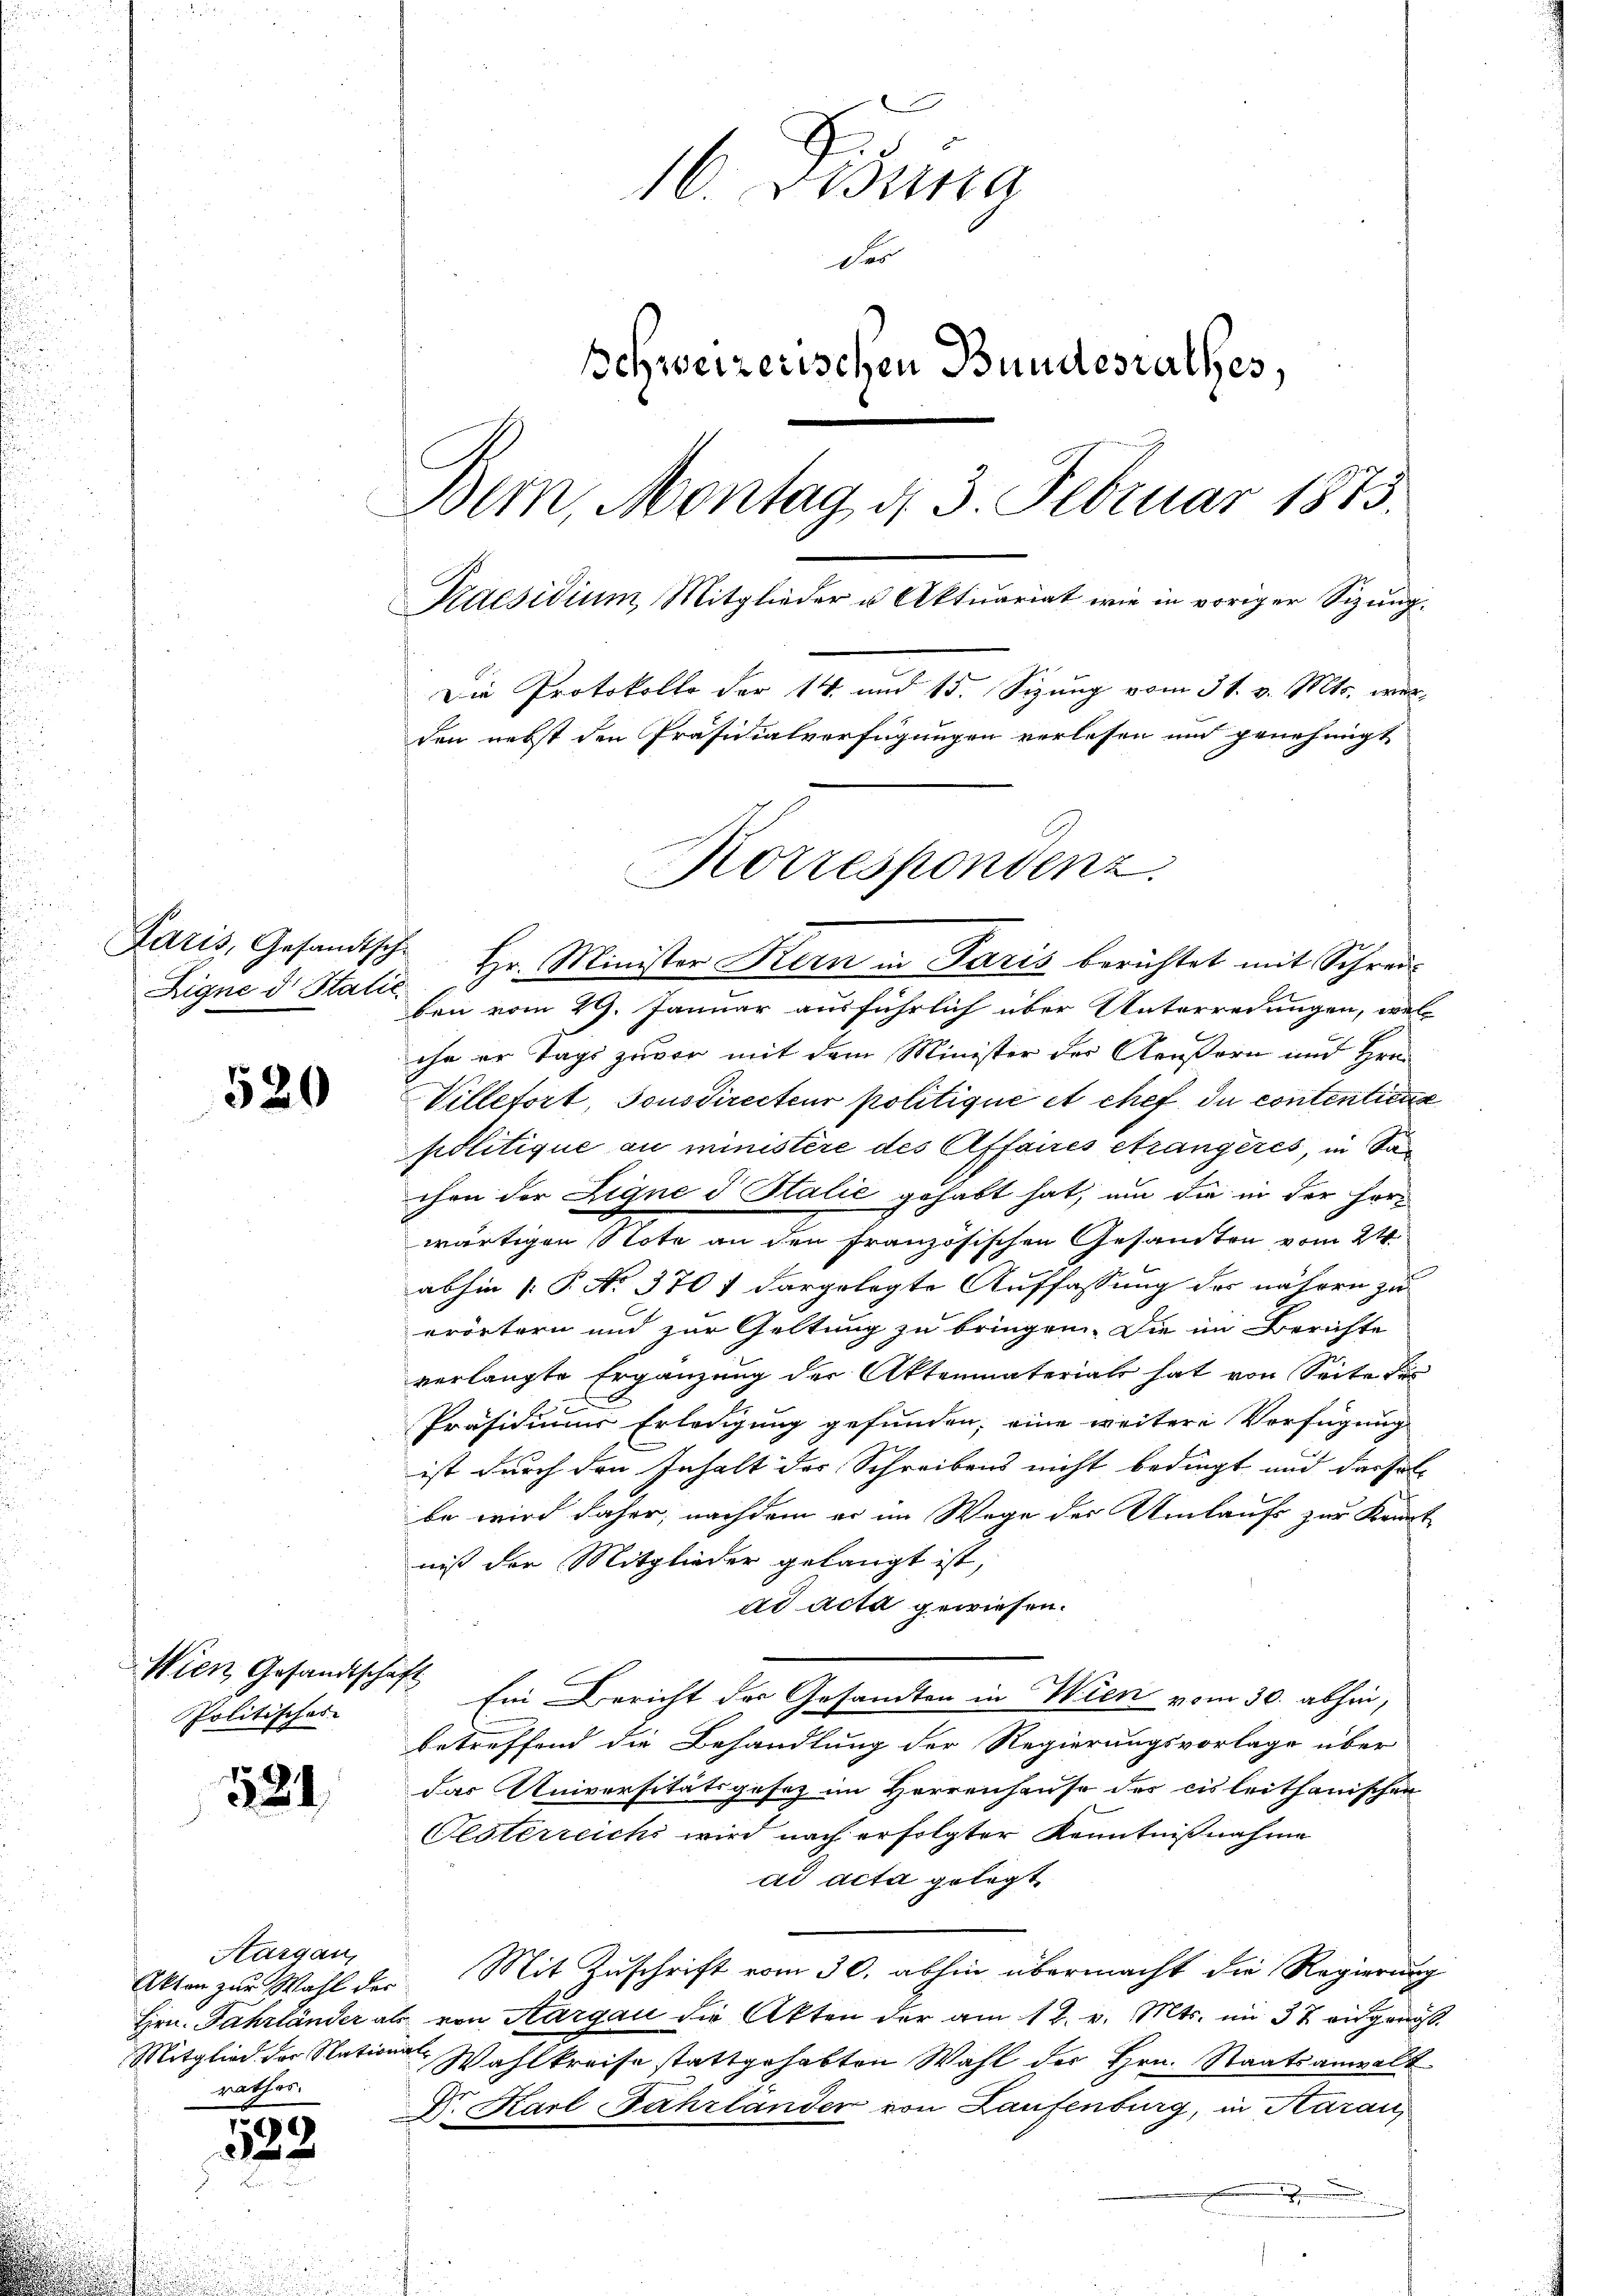
Eigne d. Stalie

520

Wien Gesandtschaft
Politisches

534

Aargau,
rathes.

1532

16. Disena
Das
Schweizerischen Bundesrathes,
Bern, Montag d. 3. Februar 1873.
Praesidium, Mitglieder u Aktuariat wie in voriger Sizung¬
Die Protokolle der 14. und 15. Sizung vom 31. v. Mts. wurden nebst den Präsidialverfügungen verlesen und genehmigt
Korrespondenz.

ben vom 29. Januar ausführlich über Unterredungen, wel
ihn er Tage zuvor mit dem Minister der Aeußern und Hrn.
Villefort, sonsdirecteur politique et chef du contentica
politique au ministère des Affaires Strangeres, in San
chen der Eigne d Stalie gehabt hat, um die in der Horwärtigen Note an den französischen Gesandten vom 24.
abhin 1. P. No. 3701 dargelegte Auffassung des nähern zu
erörtern und zur Geltung zu bringen. Die im Berichte
verlangte Ergänzung der Aktenmaterials hat von Seite des
Präsidiums Erledigung gefunden, eine weitere Verfügung
ist durch den Inhalt der Schreibens nicht bedingt und dassel
be wird daher, nachdem er im Wege des Umlaufs zur Kenntniß der Mitglieder gelangt ist,
ad acta gewiesen.
Ein Bericht der Gesandten in Wien vom 30. abhin,
betreffend die Behandlung der Regierungsvorlage über
das Universitätsgesez im Herrenhause des cisleithanischen
Oesterreichs wird nach erfolgter Kenntnißnahme
ad acta gelegt
Akten zur Wahl der Mit Zuschrift vom 30. abhin übermacht die Regierung
Hrn. Fahrländer als von Aargau die Akten der am 12. v. Mts. im 37 ausgenöß¬
Mitglied der Natione Wahlkreise stattgehabten Wahl der Hrn. Staatsanwalt
Dr. Karl Fahrländer von Laufenburg, in Harau

Paris, Gesandtsche Hr. Minister Kern in Paris berichtet mit Schrei¬